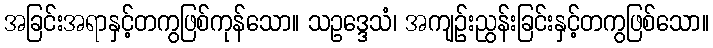
အခြင်းအရာနှင့်တကွဖြစ်ကုန်သော။ သဥဒ္ဒေသံ၊ အကျဉ်းညွန်းခြင်းနှင့်တကွဖြစ်သော။